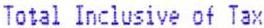
TOTAL INCLUSIVE OF TAX